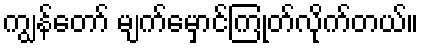
ကျွန်တော် မျက်မှောင်ကြုတ်လိုက်တယ်။